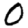
Digit: 0